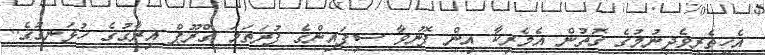
އެހީތެރިވެދިނުމުގެ ގޮތުން އެމެރިކާ އިން ފޮނުވާ ސިފައިންގެ ފުރަތަމަ ގްރޫޕް އިރާގުގެ ހުޅަނގުގެ..